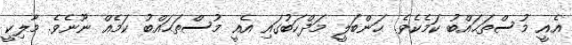
އެއީ މުސްތަޙައްބު ކަމެކެވެ. ޙަންބަލީ މަޛްހަބުގައި އެއީ މުސްތަޙައްބު ކަމެއް ނޫނެވެ. މާލިކީ